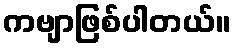
ကဗျာဖြစ်ပါတယ်။